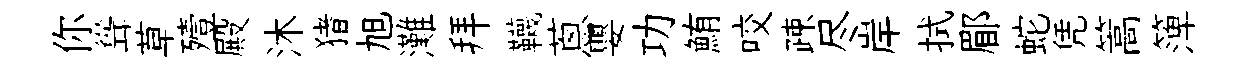
你聳草殪殿沐猪旭灘拜韈蔥嬰功鮪咬疎尽岸拭郿蛇凭篙𥱼